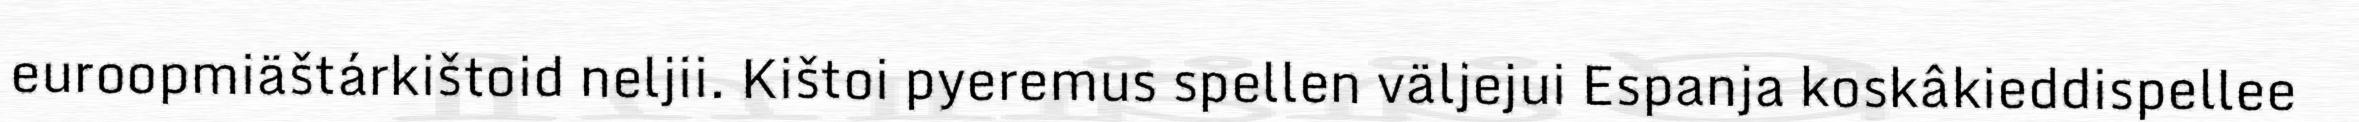
euroopmiäštárkištoid neljii. Kištoi pyeremus spellen väljejui Espanja koskâkieddispellee